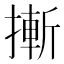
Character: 摲